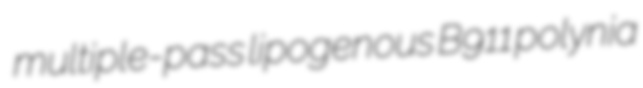
multiple-pass lipogenous B911 polynia